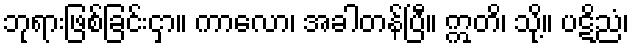
ဘုရားဖြစ်ခြင်းငှာ။ ကာလော၊ အခါတန်ပြီ။ ဣတိ၊ သို့။ ပဋိညံ၊